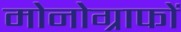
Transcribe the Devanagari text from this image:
मोनोग्राफों